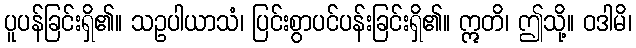
ပူပန်ခြင်းရှိ၏။ သဥပါယာသံ၊ ပြင်းစွာပင်ပန်းခြင်းရှိ၏။ ဣတိ၊ ဤသို့။ ဝဒါမိ၊